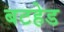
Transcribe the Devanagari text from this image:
बटहेड